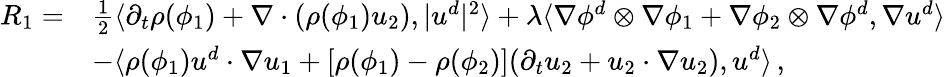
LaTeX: \begin{array}{rl}{R_{1}=}&{\frac{1}{2}\langle\partial_{t}\rho(\phi_{1})+\nabla\cdot(\rho(\phi_{1})u_{2}),|u^{d}|^{2}\rangle+\lambda\langle\nabla\phi^{d}\otimes\nabla\phi_{1}+\nabla\phi_{2}\otimes\nabla\phi^{d},\nabla u^{d}\rangle}\\ &{-\langle\rho(\phi_{1})u^{d}\cdot\nabla u_{1}+[\rho(\phi_{1})-\rho(\phi_{2})](\partial_{t}u_{2}+u_{2}\cdot\nabla u_{2}),u^{d}\rangle\, ,}\end{array}